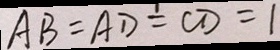
A B = A D \div C D = 1